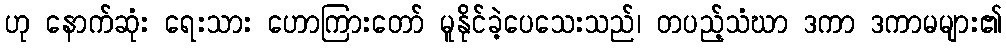
ဟု နောက်ဆုံး ရေးသား ဟောကြားတော် မူနိုင်ခဲ့ပေသေးသည်၊ တပည့်သံဃာ ဒကာ ဒကာမများ၏